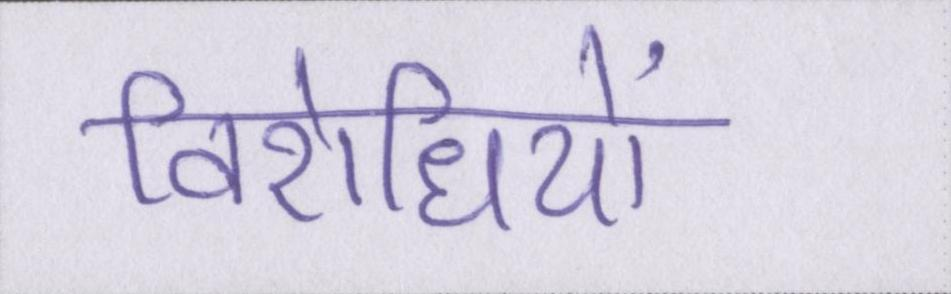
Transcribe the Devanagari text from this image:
विरोधियों